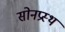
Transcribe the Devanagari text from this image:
सोनप्रस्थ